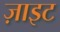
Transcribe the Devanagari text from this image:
ज़ाइट